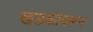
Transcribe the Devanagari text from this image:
खडकांवरून